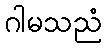
ဂါမသညံ